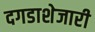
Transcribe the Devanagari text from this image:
दगडाशेजारी